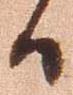
候